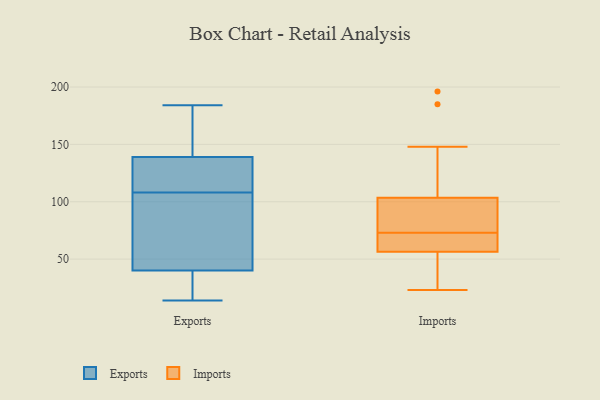
{"axis": {"x": "Population (Million)", "y": "Value"}, "legend": ["Exports", "Imports"], "data": [{"x": "", "y": 158, "type": "Exports"}, {"x": "", "y": 14, "type": "Exports"}, {"x": "", "y": 131, "type": "Exports"}, {"x": "", "y": 110, "type": "Exports"}, {"x": "", "y": 115, "type": "Exports"}, {"x": "", "y": 40, "type": "Exports"}, {"x": "", "y": 23, "type": "Exports"}, {"x": "", "y": 139, "type": "Exports"}, {"x": "", "y": 23, "type": "Exports"}, {"x": "", "y": 66, "type": "Exports"}, {"x": "", "y": 106, "type": "Exports"}, {"x": "", "y": 140, "type": "Exports"}, {"x": "", "y": 93, "type": "Exports"}, {"x": "", "y": 184, "type": "Exports"}, {"x": "", "y": 148, "type": "Imports"}, {"x": "", "y": 185, "type": "Imports"}, {"x": "", "y": 196, "type": "Imports"}, {"x": "", "y": 60, "type": "Imports"}, {"x": "", "y": 74, "type": "Imports"}, {"x": "", "y": 97, "type": "Imports"}, {"x": "", "y": 50, "type": "Imports"}, {"x": "", "y": 53, "type": "Imports"}, {"x": "", "y": 67, "type": "Imports"}, {"x": "", "y": 101, "type": "Imports"}, {"x": "", "y": 64, "type": "Imports"}, {"x": "", "y": 106, "type": "Imports"}, {"x": "", "y": 72, "type": "Imports"}, {"x": "", "y": 92, "type": "Imports"}, {"x": "", "y": 23, "type": "Imports"}, {"x": "", "y": 41, "type": "Imports"}]}